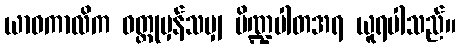
ယာဝကာလိက ဝတ္ထုမှန်သမျှ ပိဏ္ဍပါတအရ ယူရပါသည်။